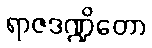
ရာဇဒဏ္ဍိတော